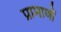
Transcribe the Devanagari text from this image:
प्रामाणों